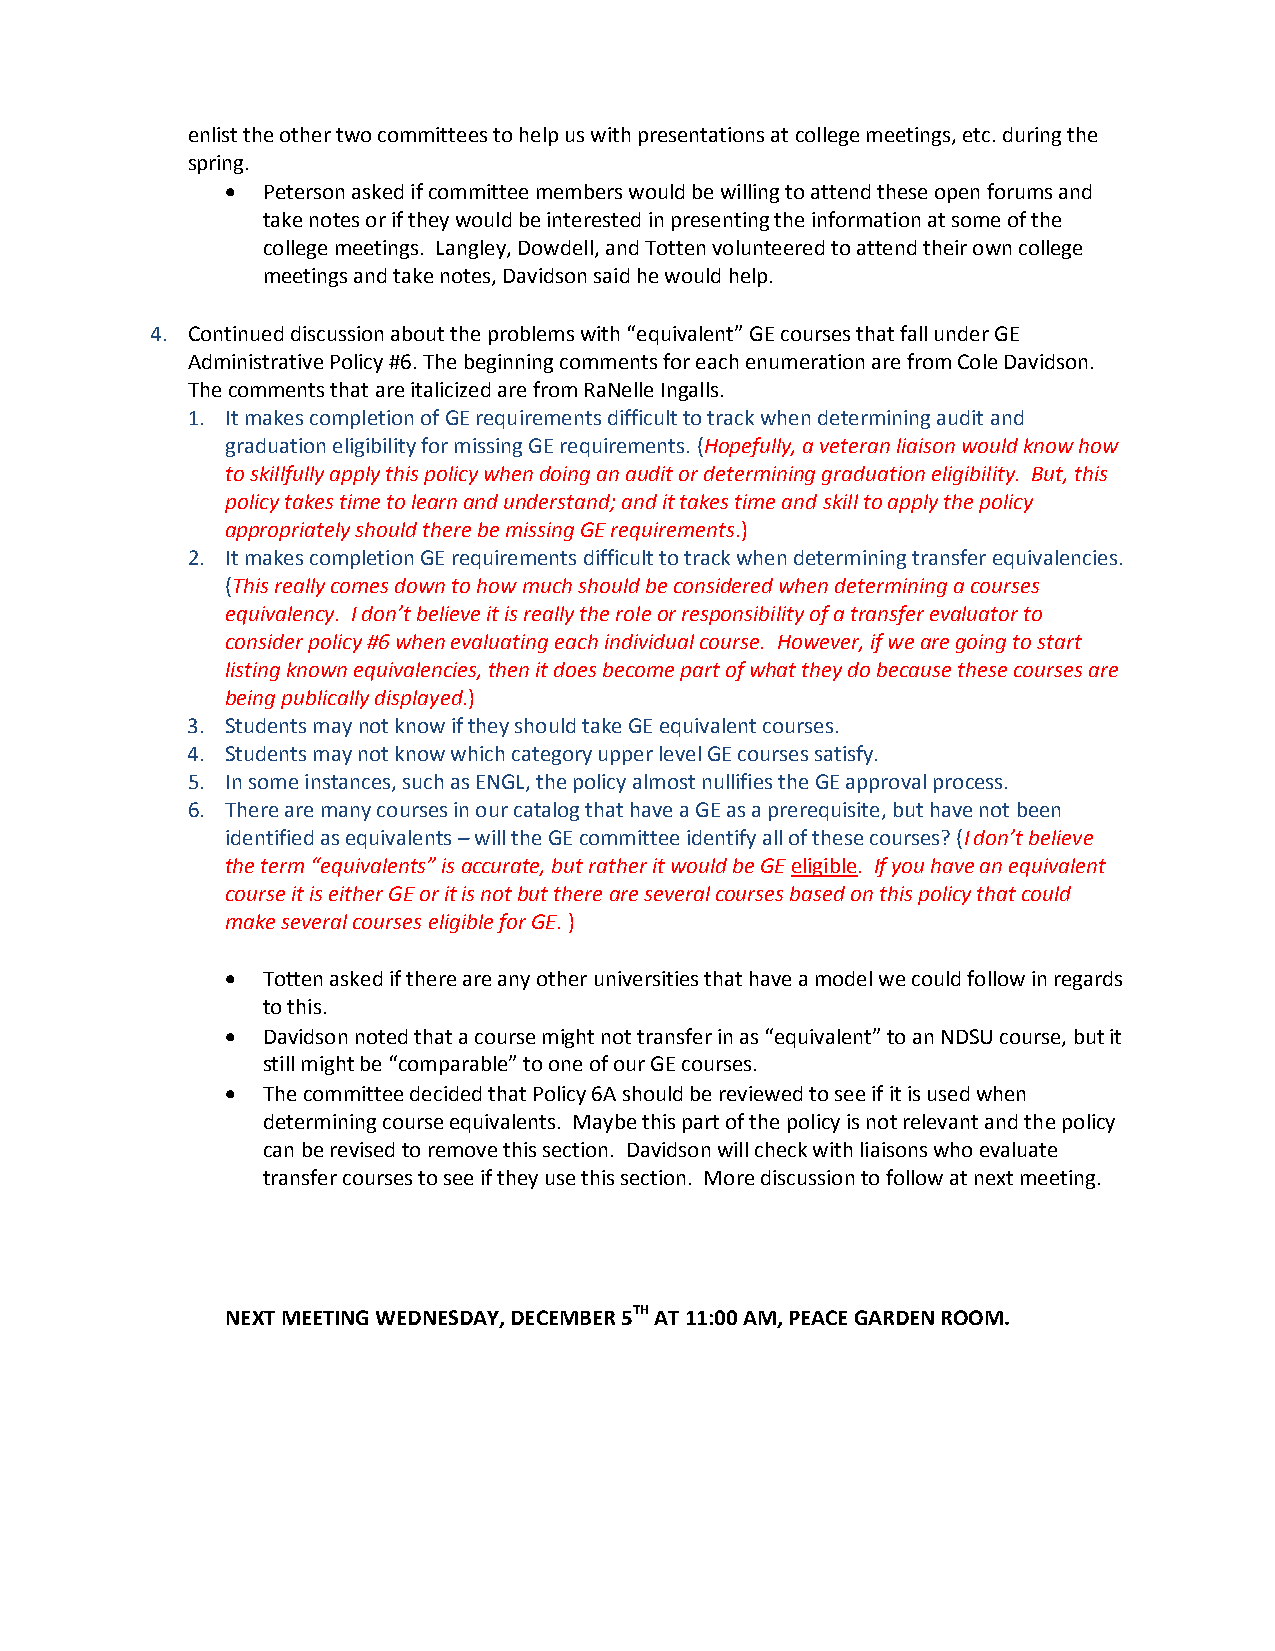
enlist the other two committees to help us with presentations at college meetings, etc. during the
 spring.
 • Peterson asked if committee members would be willing to attend these open forums and
 take notes or if they would be interested in presenting the information at some of the
 college meetings. Langley, Dowdell, and Totten volunteered to attend their own college
 meetings and take notes, Davidson said he would help.
 4. Continued discussion about the problems with “equivalent” GE courses that fall under GE
 Administrative Policy #6. The beginning comments for each enumeration are from Cole Davidson.
 The comments that are italicized are from RaNelle Ingalls.
 1. It makes completion of GE requirements difficult to track when determining audit and
 graduation eligibility for missing GE requirements. (Hopefully, a veteran liaison would know how
 to skillfully apply this policy when doing an audit or determining graduation eligibility. But, this
 policy takes time to learn and understand; and it takes time and skill to apply the policy
 appropriately should there be missing GE requirements.)
 2. It makes completion GE requirements difficult to track when determining transfer equivalencies.
 (This really comes down to how much should be considered when determining a courses
 equivalency. I don’t believe it is really the role or responsibility of a transfer evaluator to
 consider policy #6 when evaluating each individual course. However, if we are going to start
 listing known equivalencies, then it does become part of what they do because these courses are
 being publically displayed.)
 3. Students may not know if they should take GE equivalent courses.
 4. Students may not know which category upper level GE courses satisfy.
 5. In some instances, such as ENGL, the policy almost nullifies the GE approval process.
 6. There are many courses in our catalog that have a GE as a prerequisite, but have not been
 identified as equivalents – will the GE committee identify all of these courses? (I don’t believe
 the term “equivalents” is accurate, but rather it would be GE eligible. If you have an equivalent
 course it is either GE or it is not but there are several courses based on this policy that could
 make several courses eligible for GE. )
 • Totten asked if there are any other universities that have a model we could follow in regards
 to this.
 • Davidson noted that a course might not transfer in as “equivalent” to an NDSU course, but it
 still might be “comparable” to one of our GE courses.
 • The committee decided that Policy 6A should be reviewed to see if it is used when
 determining course equivalents. Maybe this part of the policy is not relevant and the policy
 can be revised to remove this section. Davidson will check with liaisons who evaluate
 transfer courses to see if they use this section. More discussion to follow at next meeting.
 NEXT MEETING WEDNESDAY, DECEMBER 5TH AT 11:00 AM, PEACE GARDEN ROOM.